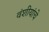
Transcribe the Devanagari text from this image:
वंशीयांचे